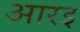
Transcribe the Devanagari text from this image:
आरइ